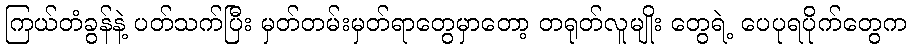
ကြယ်တံခွန်နဲ့ ပတ်သက်ပြီး မှတ်တမ်းမှတ်ရာတွေမှာတော့ တရုတ်လူမျိုး တွေရဲ့ ပေပုရပိုက်တွေက